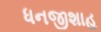
ધનજીશાહ